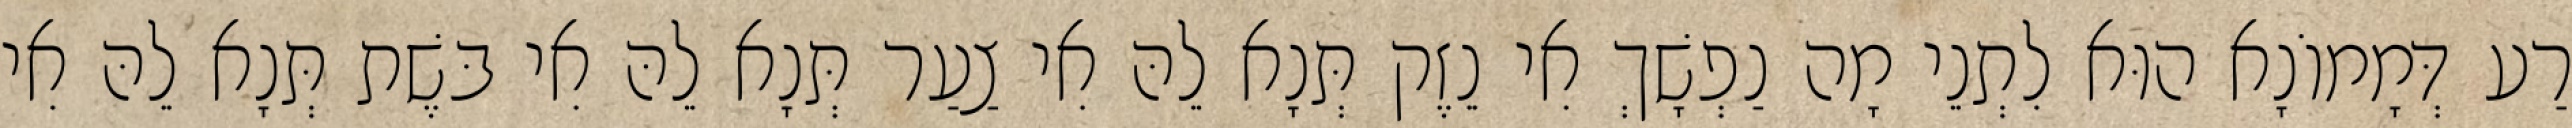
רַע דְּמָמוֹנָא הוּא לִתְנֵי מָה נַפְשָׁךְ אִי נֵזֶק תְּנָא לֵהּ אִי צַעַר תְּנָא לֵהּ אִי בּשֶׁת תְּנָא לֵהּ אִי